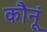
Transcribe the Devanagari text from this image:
कौनूं